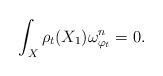
LaTeX: \begin{align*}\int_X\rho_t(X_1)\omega_{\varphi_t}^n= 0.\end{align*}